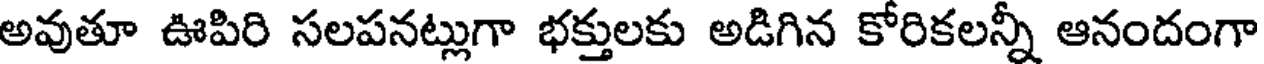
అవుతూ ఊపిరి సలపనట్లుగా భక్తులకు అడిగిన కోరికలన్నీ ఆనందంగా